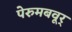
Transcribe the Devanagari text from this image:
पेरुमबवूर्